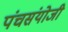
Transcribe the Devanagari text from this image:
पंचसंयोजी